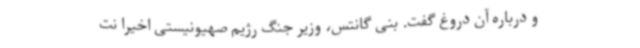
و درباره آن دروغ گفت. بنی گانتس، وزیر جنگ رژیم صهیونیستی اخیرا نت